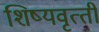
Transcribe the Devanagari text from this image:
शिष्‍यवृत्‍ती